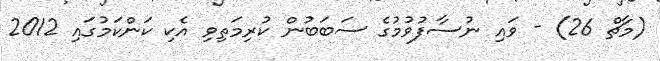
(މާޗް 26) - ވައި ނުސާފުވުމުގެ ސަބަބުން ކުރިމަތިވި އެކި ކަންކަމުގައި 2012